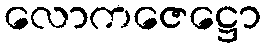
လောကဇေဋ္ဌော